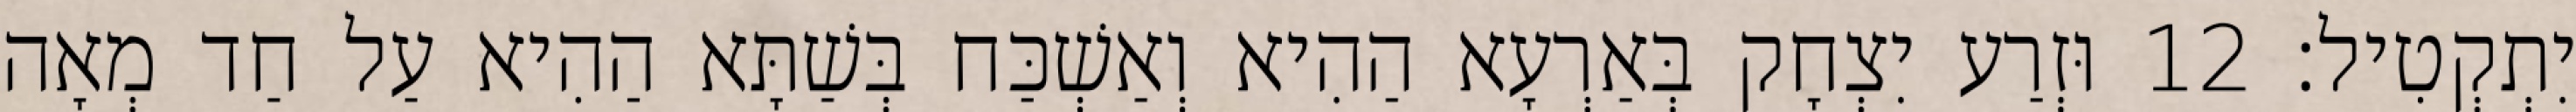
יִתְקְטִיל׃ 12 וּזְרַע יִצְחָק בְּאַרְעָא הַהִיא וְאַשְׁכַּח בְּשַׁתָּא הַהִיא עַל חַד מְאָה